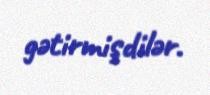
gətirmişdilər.